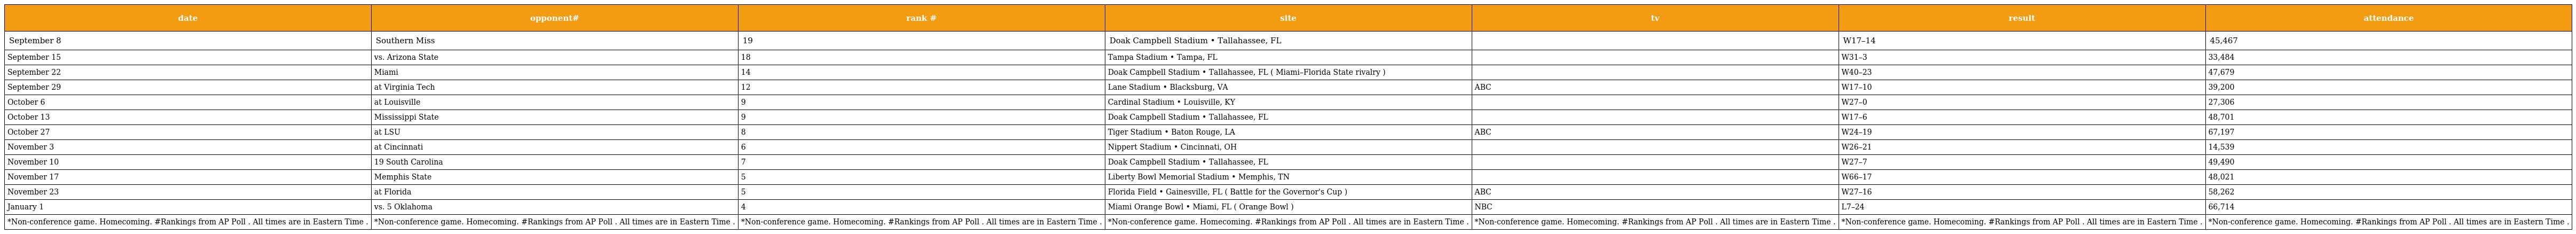
| date | opponent# | rank # | site | tv | result | attendance |
 | --- | --- | --- | --- | --- | --- | --- |
 | September 8 | Southern Miss | 19 | Doak Campbell Stadium • Tallahassee, FL |  | W17–14 | 45,467 |
 | September 15 | vs. Arizona State | 18 | Tampa Stadium • Tampa, FL |  | W31–3 | 33,484 |
 | September 22 | Miami | 14 | Doak Campbell Stadium • Tallahassee, FL ( Miami–Florida State rivalry ) |  | W40–23 | 47,679 |
 | September 29 | at Virginia Tech | 12 | Lane Stadium • Blacksburg, VA | ABC | W17–10 | 39,200 |
 | October 6 | at Louisville | 9 | Cardinal Stadium • Louisville, KY |  | W27–0 | 27,306 |
 | October 13 | Mississippi State | 9 | Doak Campbell Stadium • Tallahassee, FL |  | W17–6 | 48,701 |
 | October 27 | at LSU | 8 | Tiger Stadium • Baton Rouge, LA | ABC | W24–19 | 67,197 |
 | November 3 | at Cincinnati | 6 | Nippert Stadium • Cincinnati, OH |  | W26–21 | 14,539 |
 | November 10 | 19 South Carolina | 7 | Doak Campbell Stadium • Tallahassee, FL |  | W27–7 | 49,490 |
 | November 17 | Memphis State | 5 | Liberty Bowl Memorial Stadium • Memphis, TN |  | W66–17 | 48,021 |
 | November 23 | at Florida | 5 | Florida Field • Gainesville, FL ( Battle for the Governor's Cup ) | ABC | W27–16 | 58,262 |
 | January 1 | vs. 5 Oklahoma | 4 | Miami Orange Bowl • Miami, FL ( Orange Bowl ) | NBC | L7–24 | 66,714 |
 | *Non-conference game. Homecoming. #Rankings from AP Poll . All times are in Eastern Time . | *Non-conference game. Homecoming. #Rankings from AP Poll . All times are in Eastern Time . | *Non-conference game. Homecoming. #Rankings from AP Poll . All times are in Eastern Time . | *Non-conference game. Homecoming. #Rankings from AP Poll . All times are in Eastern Time . | *Non-conference game. Homecoming. #Rankings from AP Poll . All times are in Eastern Time . | *Non-conference game. Homecoming. #Rankings from AP Poll . All times are in Eastern Time . | *Non-conference game. Homecoming. #Rankings from AP Poll . All times are in Eastern Time . |